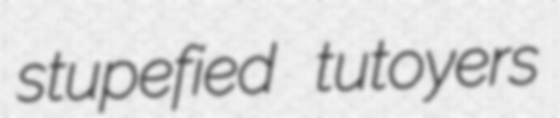
stupefied tutoyers